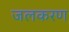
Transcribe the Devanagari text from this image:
जलकरण